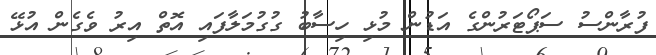
ފުރާންސު ސަޕޯޓަރުންގެ އަޑުން މުޅި ހިސާބު ގުގުމަލާފައި އޮތް އިރު ވެގެން އުޅޭ